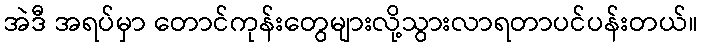
အဲဒီ အရပ်မှာ တောင်ကုန်းတွေများလို့သွားလာရတာပင်ပန်းတယ်။